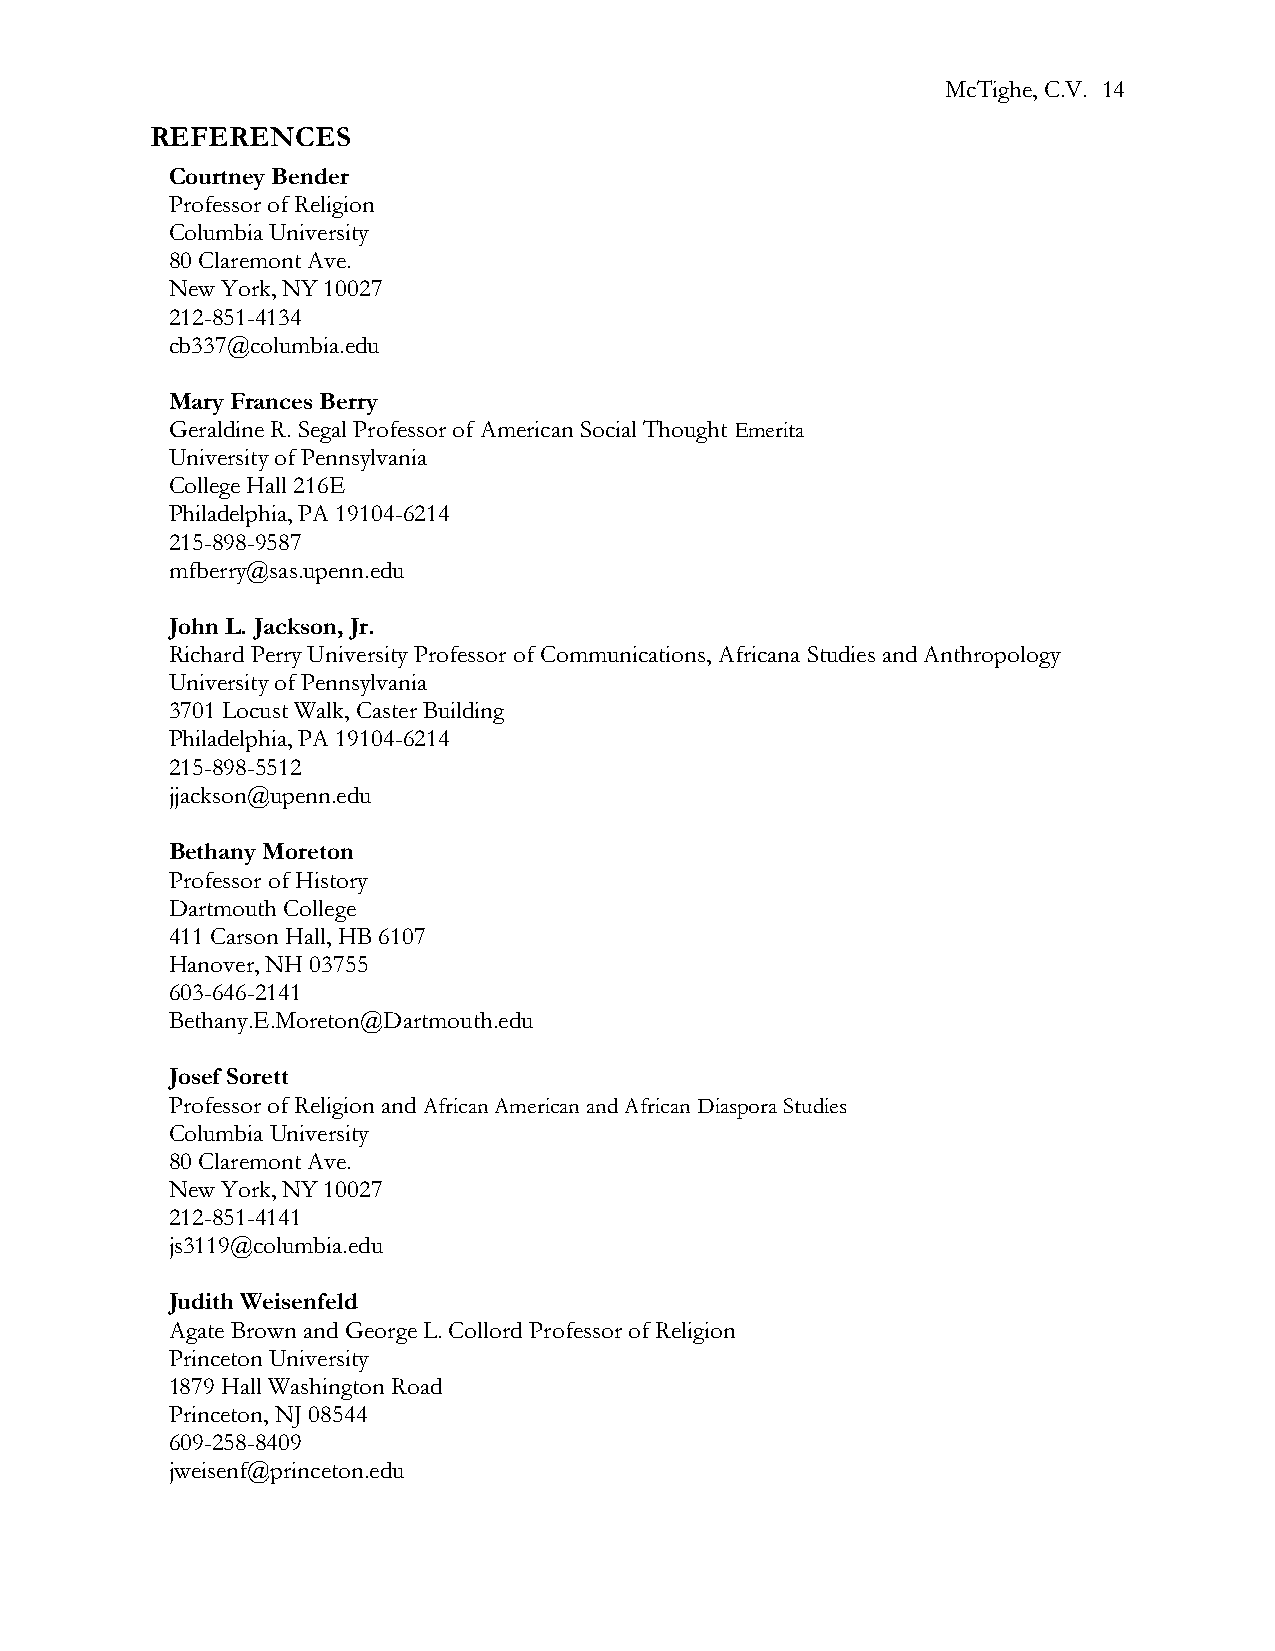
McTighe, C.V. 14
 REFERENCES
 Courtney Bender
 Professor of Religion
 Columbia University
 80 Claremont Ave.
 New York, NY 10027
 212-851-4134
 cb337@columbia.edu
 Mary Frances Berry
 Geraldine R. Segal Professor of American Social Thought Emerita
 University of Pennsylvania
 College Hall 216E
 Philadelphia, PA 19104-6214
 215-898-9587
 mfberry@sas.upenn.edu
 John L. Jackson, Jr.
 Richard Perry University Professor of Communications, Africana Studies and Anthropology
 University of Pennsylvania
 3701 Locust Walk, Caster Building
 Philadelphia, PA 19104-6214
 215-898-5512
 jjackson@upenn.edu
 Bethany Moreton
 Professor of History
 Dartmouth College
 411 Carson Hall, HB 6107
 Hanover, NH 03755
 603-646-2141
 Bethany.E.Moreton@Dartmouth.edu
 Josef Sorett
 Professor of Religion and African American and African Diaspora Studies
 Columbia University
 80 Claremont Ave.
 New York, NY 10027
 212-851-4141
 js3119@columbia.edu
 Judith Weisenfeld
 Agate Brown and George L. Collord Professor of Religion
 Princeton University
 1879 Hall Washington Road
 Princeton, NJ 08544
 609-258-8409
 jweisenf@princeton.edu